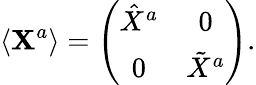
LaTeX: \langle\mathbf{X}^{a}\rangle=\left(\begin{array}{cc}{{\hat{X}^{a}}}&{{0}}\\ {{0}}&{{\tilde{X}^{a}}}\end{array}\right).